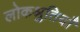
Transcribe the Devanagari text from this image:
लोकश्रुतियाँ